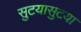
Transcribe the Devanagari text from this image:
सुटयासुटया